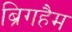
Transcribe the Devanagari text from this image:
ब्रिगहैम